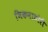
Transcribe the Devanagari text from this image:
भिकनाठोरी